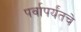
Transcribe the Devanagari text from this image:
पर्वापर्यंतचे